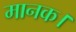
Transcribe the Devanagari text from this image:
मानक।